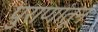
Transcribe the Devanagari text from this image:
पुराणांतून